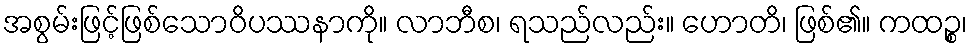
အစွမ်းဖြင့်ဖြစ်သောဝိပဿနာကို။ လာဘီစ၊ ရသည်လည်း။ ဟောတိ၊ ဖြစ်၏။ ကထဉ္စ၊